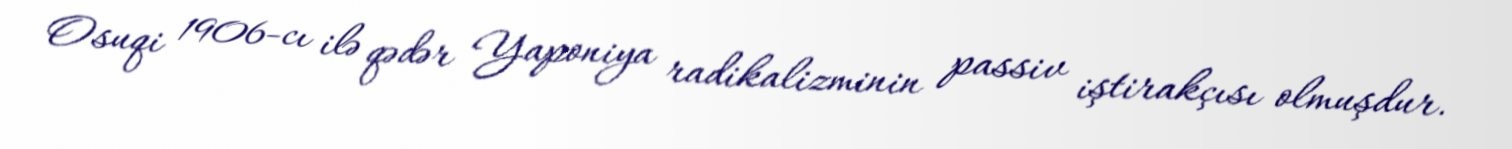
Osuqi 1906-cı ilə qədər Yaponiya radikalizminin passiv iştirakçısı olmuşdur.